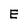
Character: E